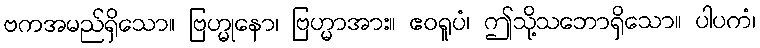
ဗကအမည်ရှိသော။ ဗြဟ္မုနော၊ ဗြဟ္မာအား။ ဧဝရူပံ၊ ဤသို့သဘောရှိသော။ ပါပကံ၊